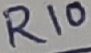
Text: R10